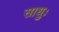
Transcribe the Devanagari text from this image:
साधुः